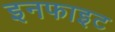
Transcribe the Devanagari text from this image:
इनफाइट